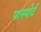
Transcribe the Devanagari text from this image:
पास्पोर्ट